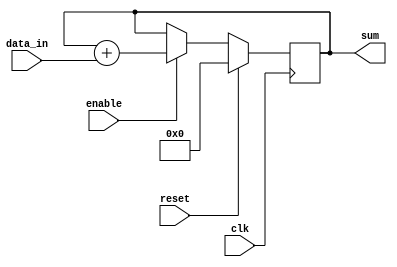
module accumulator (
    input wire clk,            // Clock input
    input wire reset,          // Reset signal
    input wire enable,         // Enable signal for adding incoming digital signals
    input wire [7:0] data_in,  // Input digital signal
    output reg [15:0] sum      // Output accumulator sum
);

reg [15:0] accumulator;

always @(posedge clk) begin
    if (reset) begin
        accumulator <= 16'b0;   // Reset accumulator value to 0
    end else begin
        if (enable) begin
            accumulator <= accumulator + data_in;  // Add the incoming signal to accumulator
        end
    end
end

assign sum = accumulator;  // Output the total sum

endmodule